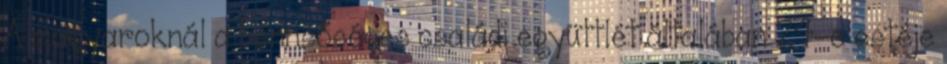
A magyaroknál a bennsőséges családi együttlét általában 24-e estéje